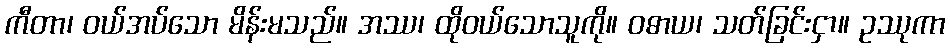
ကီတာ၊ ဝယ်အပ်သော မိန်းမသည်။ အဿ၊ ထိုဝယ်သောသူကို။ ဝဓာယ၊ သတ်ခြင်းငှာ။ ဥဿုကာ